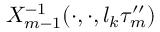
X _ { m - 1 } ^ { - 1 } ( \cdot , \cdot , l _ { k } \tau _ { m } ^ { \prime \prime } )